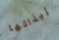
إيذائها